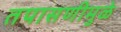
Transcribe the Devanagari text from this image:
तपासणीमुळे